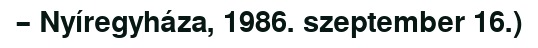
– Nyíregyháza, 1986. szeptember 16.)